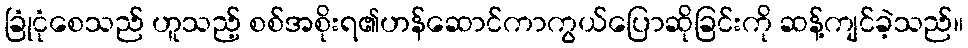
ခြုံငုံစေသည် ဟူသည့် စစ်အစိုးရ၏ဟန်ဆောင်ကာကွယ်ပြောဆိုခြင်းကို ဆန့်ကျင်ခဲ့သည်။